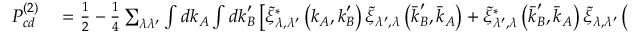
\begin{array} { r l } { P _ { c d } ^ { ( 2 ) } } & { { } = \frac { 1 } { 2 } - \frac { 1 } { 4 } \sum _ { \lambda \lambda ^ { \prime } } \int d \boldsymbol { k } _ { A } \int d \boldsymbol { k } _ { B } ^ { \prime } \left[ \tilde { \xi } _ { \lambda , \lambda ^ { \prime } } ^ { * } \left( \boldsymbol { k } _ { A } , \boldsymbol { k } _ { B } ^ { \prime } \right) \tilde { \xi } _ { \lambda ^ { \prime } , \lambda } \left( \boldsymbol { \bar { k } } _ { B } ^ { \prime } , \boldsymbol { \bar { k } } _ { A } \right) + \tilde { \xi } _ { \lambda ^ { \prime } , \lambda } ^ { * } \left( \boldsymbol { \bar { k } } _ { B } ^ { \prime } , \boldsymbol { \bar { k } } _ { A } \right) \tilde { \xi } _ { \lambda , \lambda ^ { \prime } } \left( \boldsymbol { k } _ { A } , \boldsymbol { k } _ { B } ^ { \prime } \right) \right] , } \end{array}